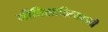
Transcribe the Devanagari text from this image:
नीतिसाहित्यवाली